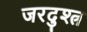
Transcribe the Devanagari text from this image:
जरदुश्त्र